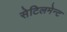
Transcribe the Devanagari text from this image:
सेटिलमेन्ट